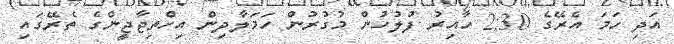
އަދި ހަމަ އެރޭގެ 2:30 ހާއިރު ފުލުހުން މުގުރުން ހަމަލާދިން އިހްތިޖާޖީންގެ ތެރޭގައި